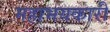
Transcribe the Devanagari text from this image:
महाभयकारी